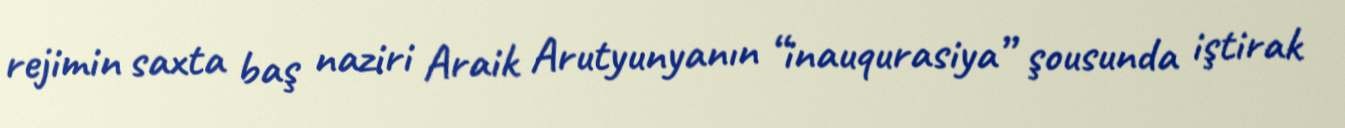
rejimin saxta baş naziri Araik Arutyunyanın “inauqurasiya” şousunda iştirak